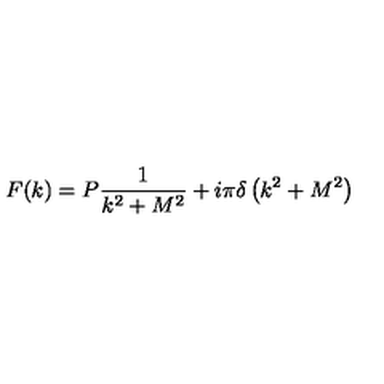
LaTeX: F ( k ) = P \frac { 1 } { k ^ { 2 } + M ^ { 2 } } + i \pi \delta \left( k ^ { 2 } + M ^ { 2 } \right)